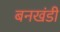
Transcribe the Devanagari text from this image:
बनखंडी